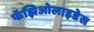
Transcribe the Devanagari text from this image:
फॅझिओलाइडेस